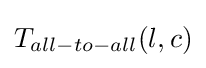
T_{all-to-all}(l,c)